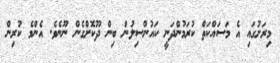
މިރަށުގައި އެ މަސައްކަތް ކުރަމުންދަނީ ކައުންސިލުން ބިން ދޫކޮށްގެން ނޫނެވެ. އެންމެ ކުރިން